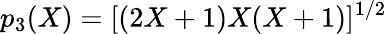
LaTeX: p_{3}(X)=[(2X+1)X(X+1)]^{1/2}